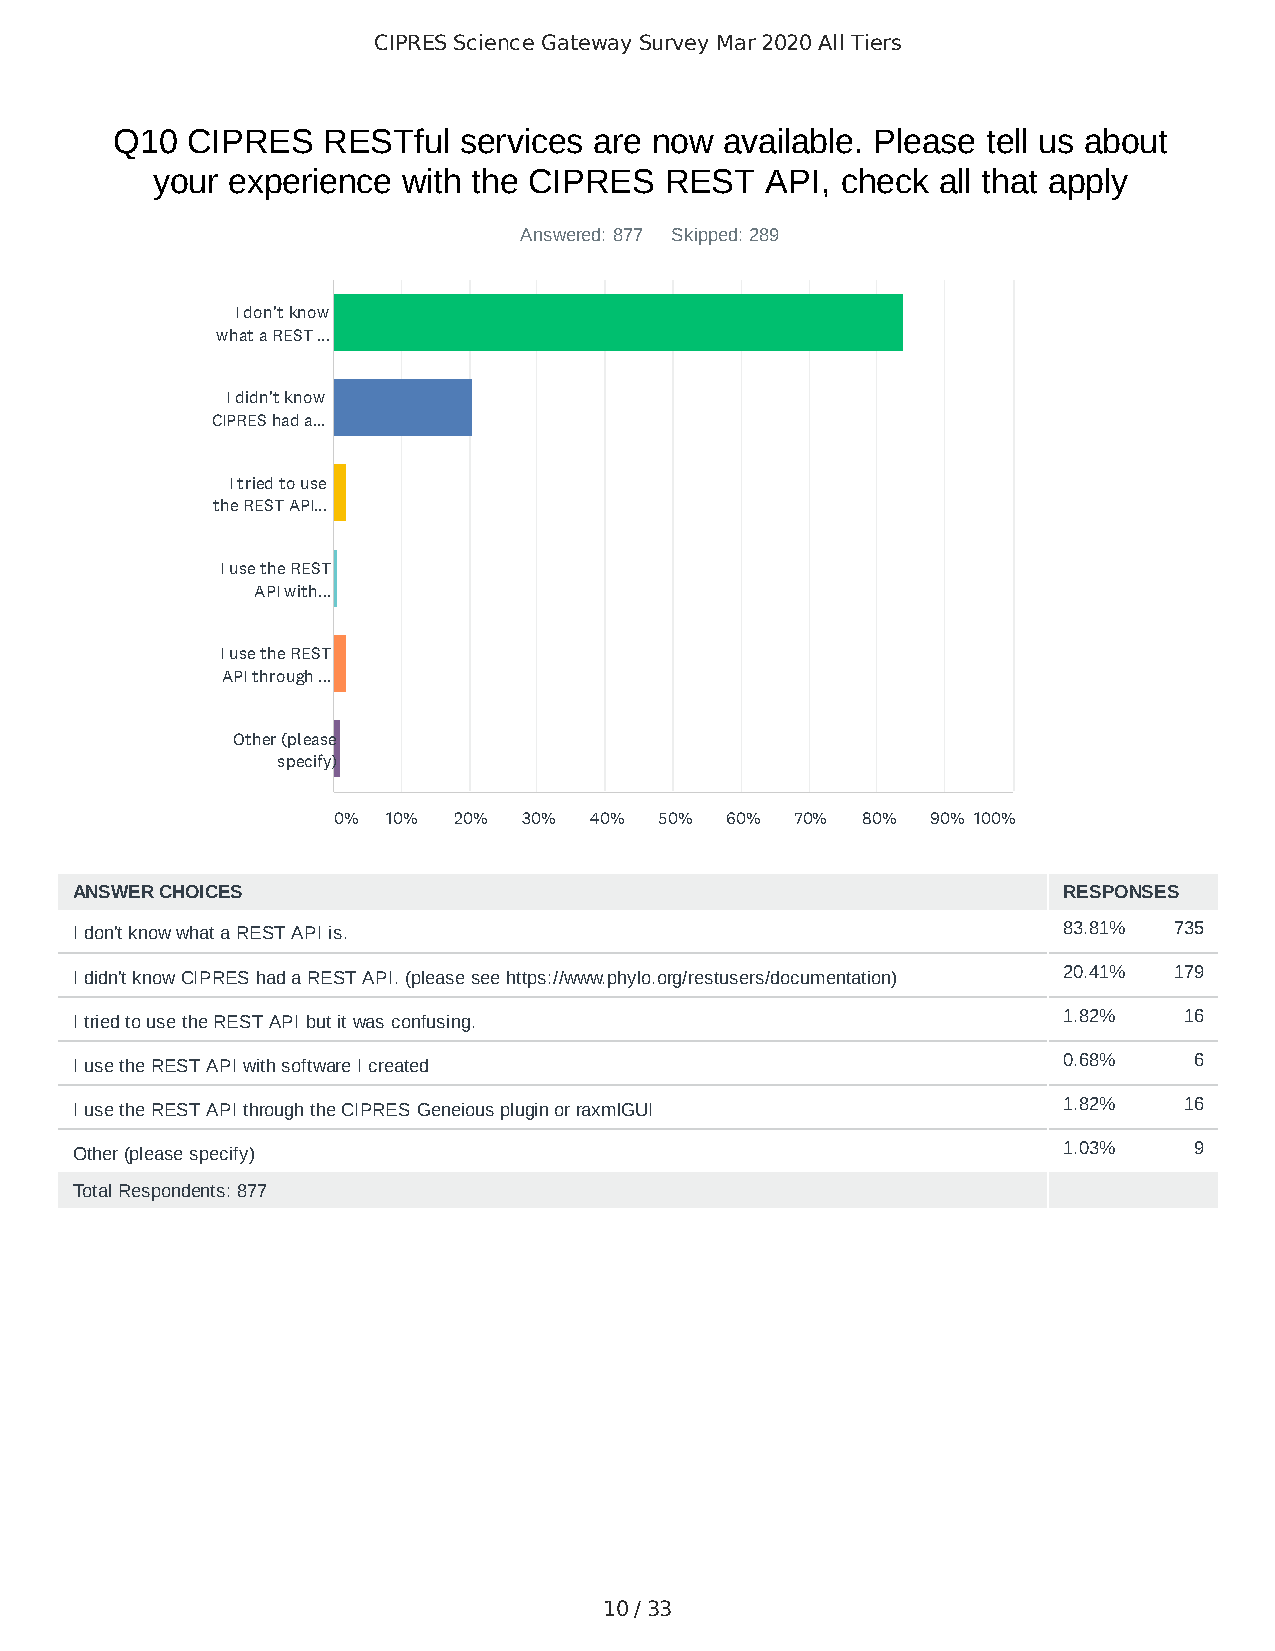
CIPRES Science Gateway Survey Mar 2020 All Tiers
 Q10  CIPRES   RESTful  services are now  available. Please tell us about
 your experience  with the CIPRES  REST   API, check all that apply
 Answered: 877 Skipped: 289
 I don't know
 what a REST ...
 I didn't know
 CIPRES had a...
 I tried to use
 the REST API...
 I use the REST
 API with...
 I use the REST
 API through ...
 Other (please
 specify)
 0%  10% 20%  30% 40%  50% 60%  70% 80%  90% 100%
 ANSWER CHOICES                                                   RESPONSES
 I don't know what a REST API is.                                 83.81%  735
 I didn't know CIPRES had a REST API. (please see https://www.phylo.org/restusers/documentation) 20.41% 179
 I tried to use the REST API but it was confusing.                1.82%   16
 I use the REST API with software I created                       0.68%    6
 I use the REST API through the CIPRES Geneious plugin or raxmlGUI 1.82%  16
 Other (please specify)                                           1.03%    9
 Total Respondents: 877
 10 / 33